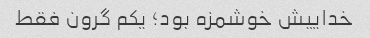
خداییش خوشمزه بود؛ یکم گرون فقط